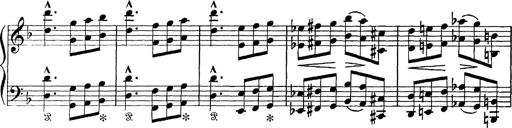
Title: Scherzo und Marsch
Composer: Franz Liszt